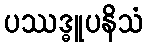
ပဿဒ္ဓူပနိသံ